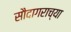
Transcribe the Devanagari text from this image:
सौदागराच्या